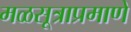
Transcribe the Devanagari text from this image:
मळसूत्राप्रमाणे